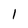
Character: 1